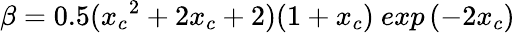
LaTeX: \beta=0.5({x_{c}}^{2}+2x_{c}+2)(1+x_{c})~exp\left(-2x_{c}\right)